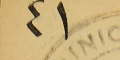
٤١